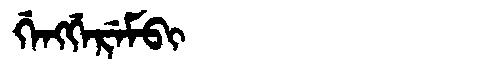
Manchu: ᡤᡝᠩᡤᡝᡵᡝᠮᠪᡳ
Romanization: GENGGEREMBI